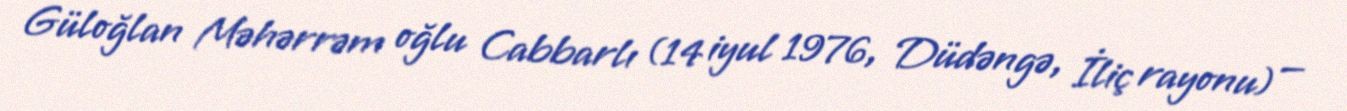
Güloğlan Məhərrəm oğlu Cabbarlı (14 iyul 1976, Düdəngə, İliç rayonu) —